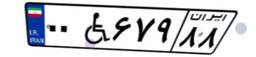
۰۰W۶۷۹۸۸